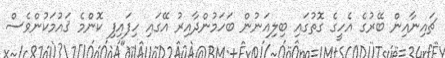
ޗައިނާއިން ބޭރުގެ އެހީގެ ގޮތުގައި ބިލިއަނުން ބަހަމުންދާއިރު އޭގައި ހިފައިފި ކޮންމެ ޤައުމަކުންވެސް